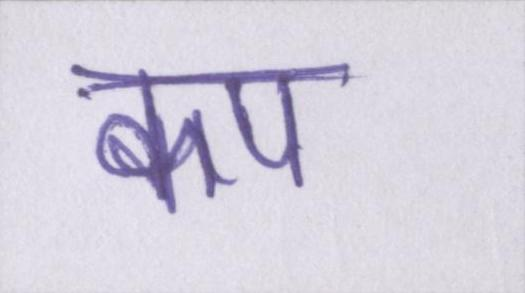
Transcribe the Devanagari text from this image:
कप